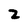
Character: 2